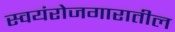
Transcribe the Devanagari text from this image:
स्वयंरोजगारातील